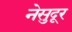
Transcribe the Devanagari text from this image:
नेसुदूर